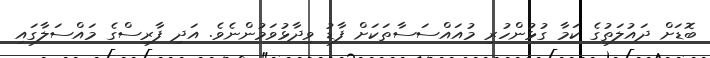
ބޮޑަށް ދައުލަތުގެ ކަމާ ގުޅުންހުރި މުއައްސަސާތަކަށް ފާޑު ވިދާޅުވަމުންނެެވެ. އަދި ފާރިސްގެ މައްސަލާގައި